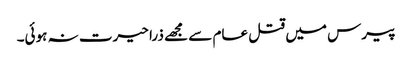
پیرس میں قتل عام سے مجھے ذرا حیرت نہ ہوئی۔